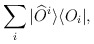
\begin{align*}\sum_i | \widehat{O}^i \rangle \langle O_i | ,\end{align*}